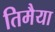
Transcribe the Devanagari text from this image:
तिमैया